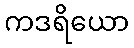
ကဒရိယော